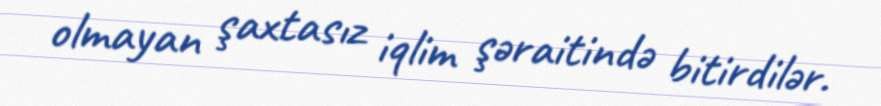
olmayan şaxtasız iqlim şəraitində bitirdilər.